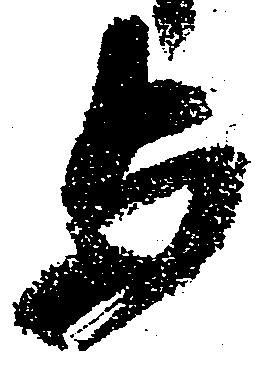
与